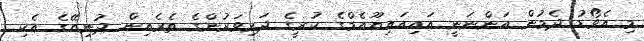
މި އެވޯޑު ދެމުން އަންނަނީ އައިއައިޔޫއެމްގެ ކުރީގެ ދަރިވަރުންގެ ތެރެއިން ދުނިޔޭގެ އެކި